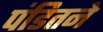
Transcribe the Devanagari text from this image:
पंडितने